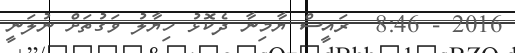
2016 - 8:46  ރައީސް ޔާމިނާ ދެކޮޅު ހިޔާލު ވަގުތަށް ނުލަނީ